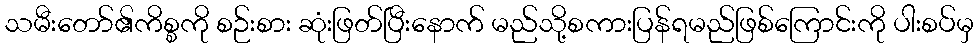
သမီးတော်၏ကိစ္စကို စဉ်းစား ဆုံးဖြတ်ပြီးနောက် မည်သို့စကားပြန်ရမည်ဖြစ်ကြောင်းကို ပါးစပ်မှ